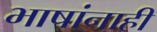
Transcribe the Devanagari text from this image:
भाषांनाही